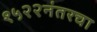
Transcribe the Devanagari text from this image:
१५२२नंतरचा